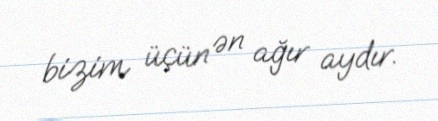
bizim üçün ən ağır aydır.